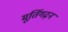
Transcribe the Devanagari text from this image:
मूर्तिगढ़न